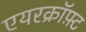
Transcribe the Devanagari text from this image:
एयरक्रॉफ़्ट